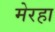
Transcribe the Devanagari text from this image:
मेरहा